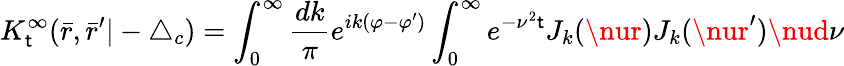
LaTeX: K_{\mathsf{t}}^{\infty}(\bar{{r}},\bar{{r}}^{\prime}|-\triangle_{c})=\int_{0}^{\infty}\frac{{dk}}{{\pi}}e^{ik(\varphi-\varphi^{\prime})}\int_{0}^{\infty}e^{-\nu^{2}\mathsf{t}}J_{k}(\nur)J_{k}(\nur^{\prime})\nud\nu